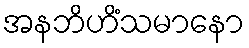
အနဘိဟိံသမာနော